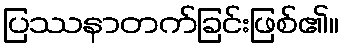
ပြဿနာတက်ခြင်းဖြစ်၏။